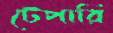
টেপারি